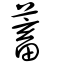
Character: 蓄